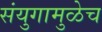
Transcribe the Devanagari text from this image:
संयुगामुळेच